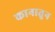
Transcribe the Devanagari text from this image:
कानातुन